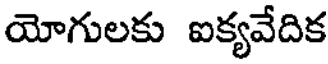
యోగులకు ఐక్యవేదిక